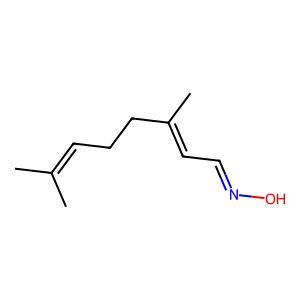
SMILES: CC(C)=CCCC(C)=CC=NO
Inhibits HIV replication: No